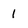
Character: 1